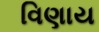
વિણાય